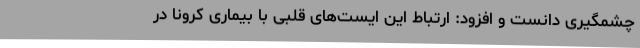
چشمگیری دانست و افزود: ارتباط این ایست‌های قلبی با بیماری کرونا در